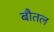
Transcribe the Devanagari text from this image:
बौतल